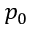
p _ { 0 }